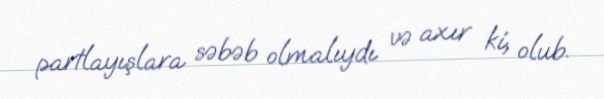
partlayışlara səbəb olmalıydı və axır ki, olub.